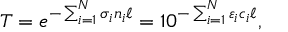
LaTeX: T = e ^ { - \sum _ { i = 1 } ^ { N } \sigma _ { i } n _ { i } \ell } = 1 0 ^ { - \sum _ { i = 1 } ^ { N } \varepsilon _ { i } c _ { i } \ell } ,